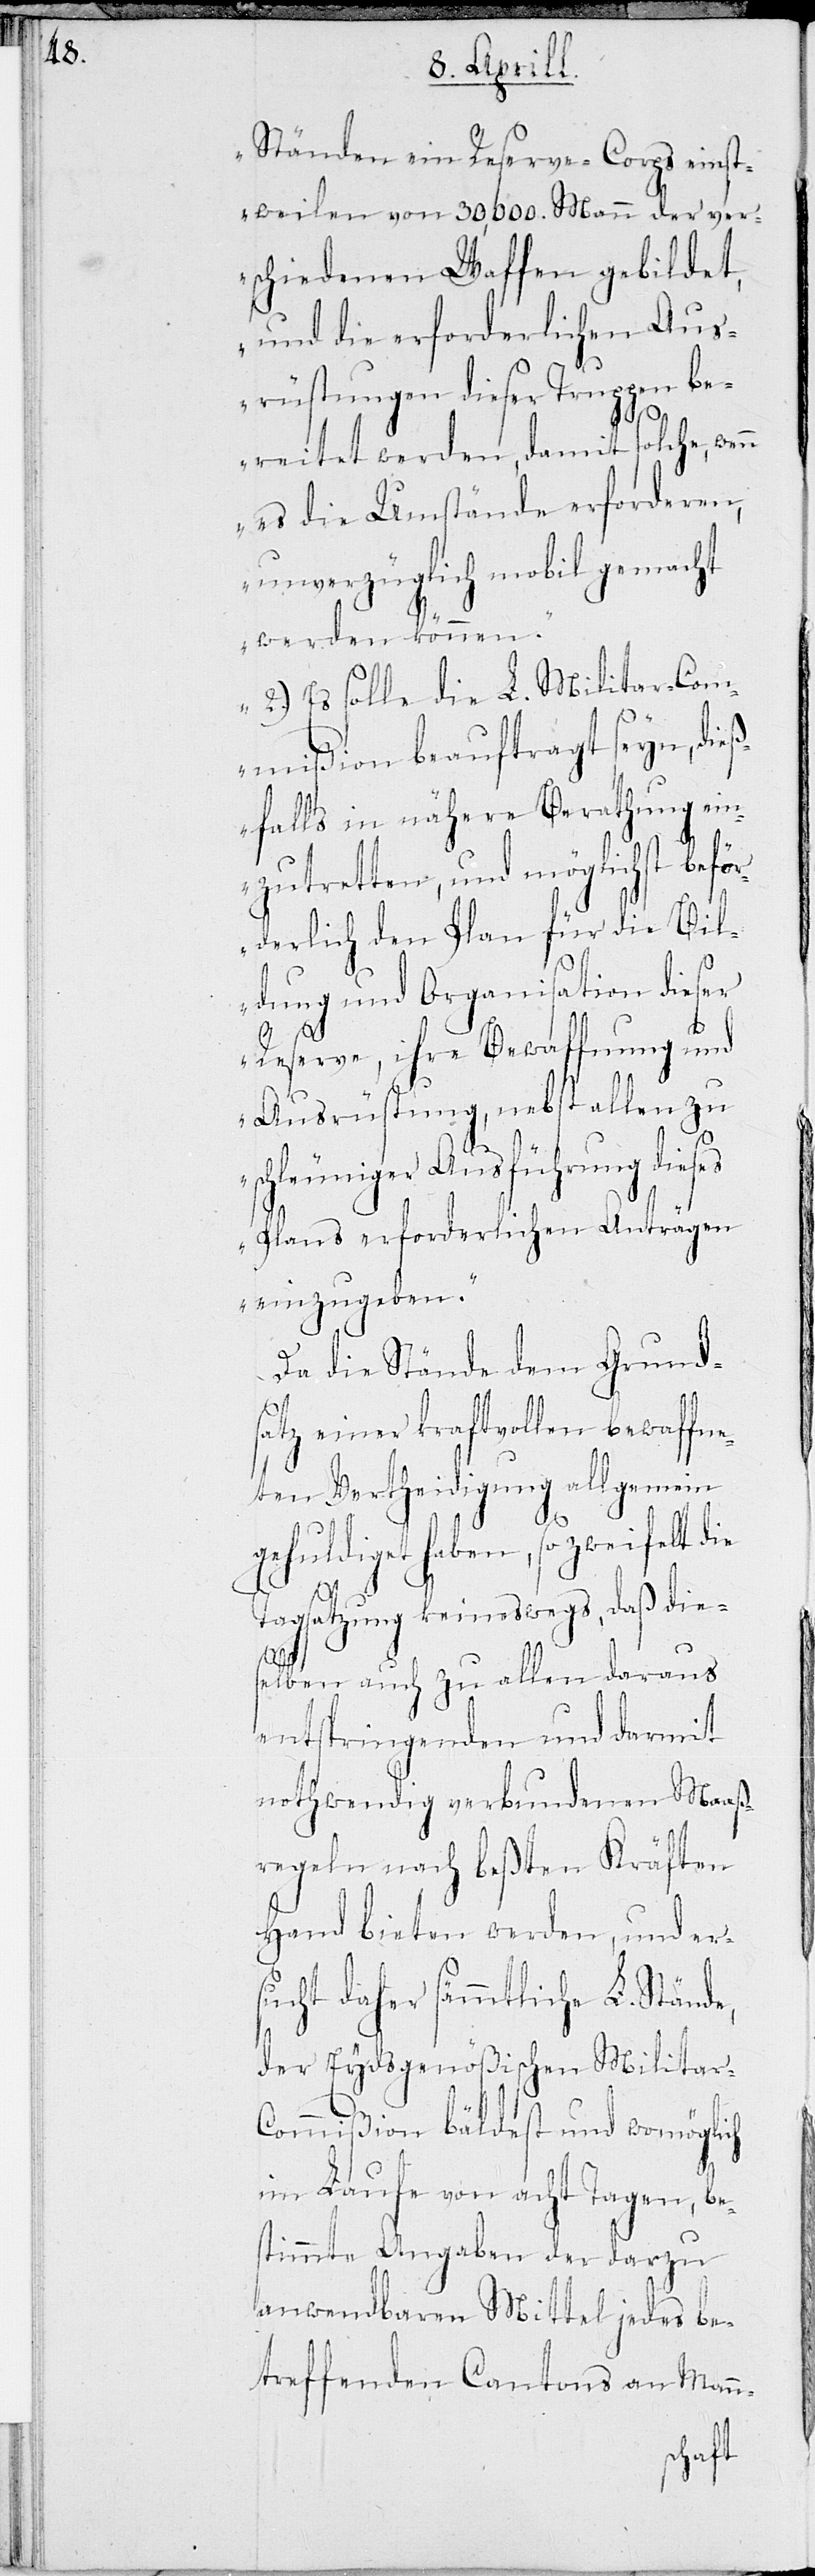
Ständen ein Reserve-Corps einst¬
weilen von 30,000. Mann der ver¬
schiedenen Waffen gebildet,
und die erforderlichen Aus¬
rüstungen dieser Truppen be¬
reitet werden, damit solche, wen¬
es die Umstände erforderen,
unverzüglich mobil gemacht
werden können.
2.) Es solle die L. Militar-Com¬
mißion beauftragt seyn, die¬
ßfalls in nähere Berathung ein¬
zutretten, und möglichst beför¬
derlich den Plan für die Bil¬
dung und Organisation dieser
n
Reserve, ihre Bewaffnung und
Ausrüstung, nebst allen zu
schleuniger Ausführung dieses
Plans erforderlichen Anträgen
einzugeben.“
Da die Stände dem Grund¬
satz einer kraftvollen bewaffne¬
ten Vertheidigung allgemein
gehuldiget haben, so zweifelt die
Tagsatzung keineswegs, daß die¬
selben auch zu allen daraus
entspringenden und darmit
nothwendig verbundenen Maaß¬
regeln nach beßten Kräften
Hand bieten werden, und er¬
sucht daher sämmtliche L. Stände,
der Eydsgenößischen Militar-C¬
ommißion bäldest und womöglich
im Laufe von acht Tagen, be¬
stimmte Angaben der darzu
anwendbaren Mittel jedes be¬
treffenden Cantons an Mann-